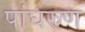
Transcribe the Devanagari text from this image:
पांघरुण